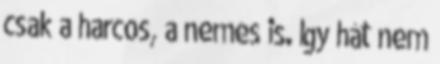
csak a harcos, a nemes is. Így hát nem